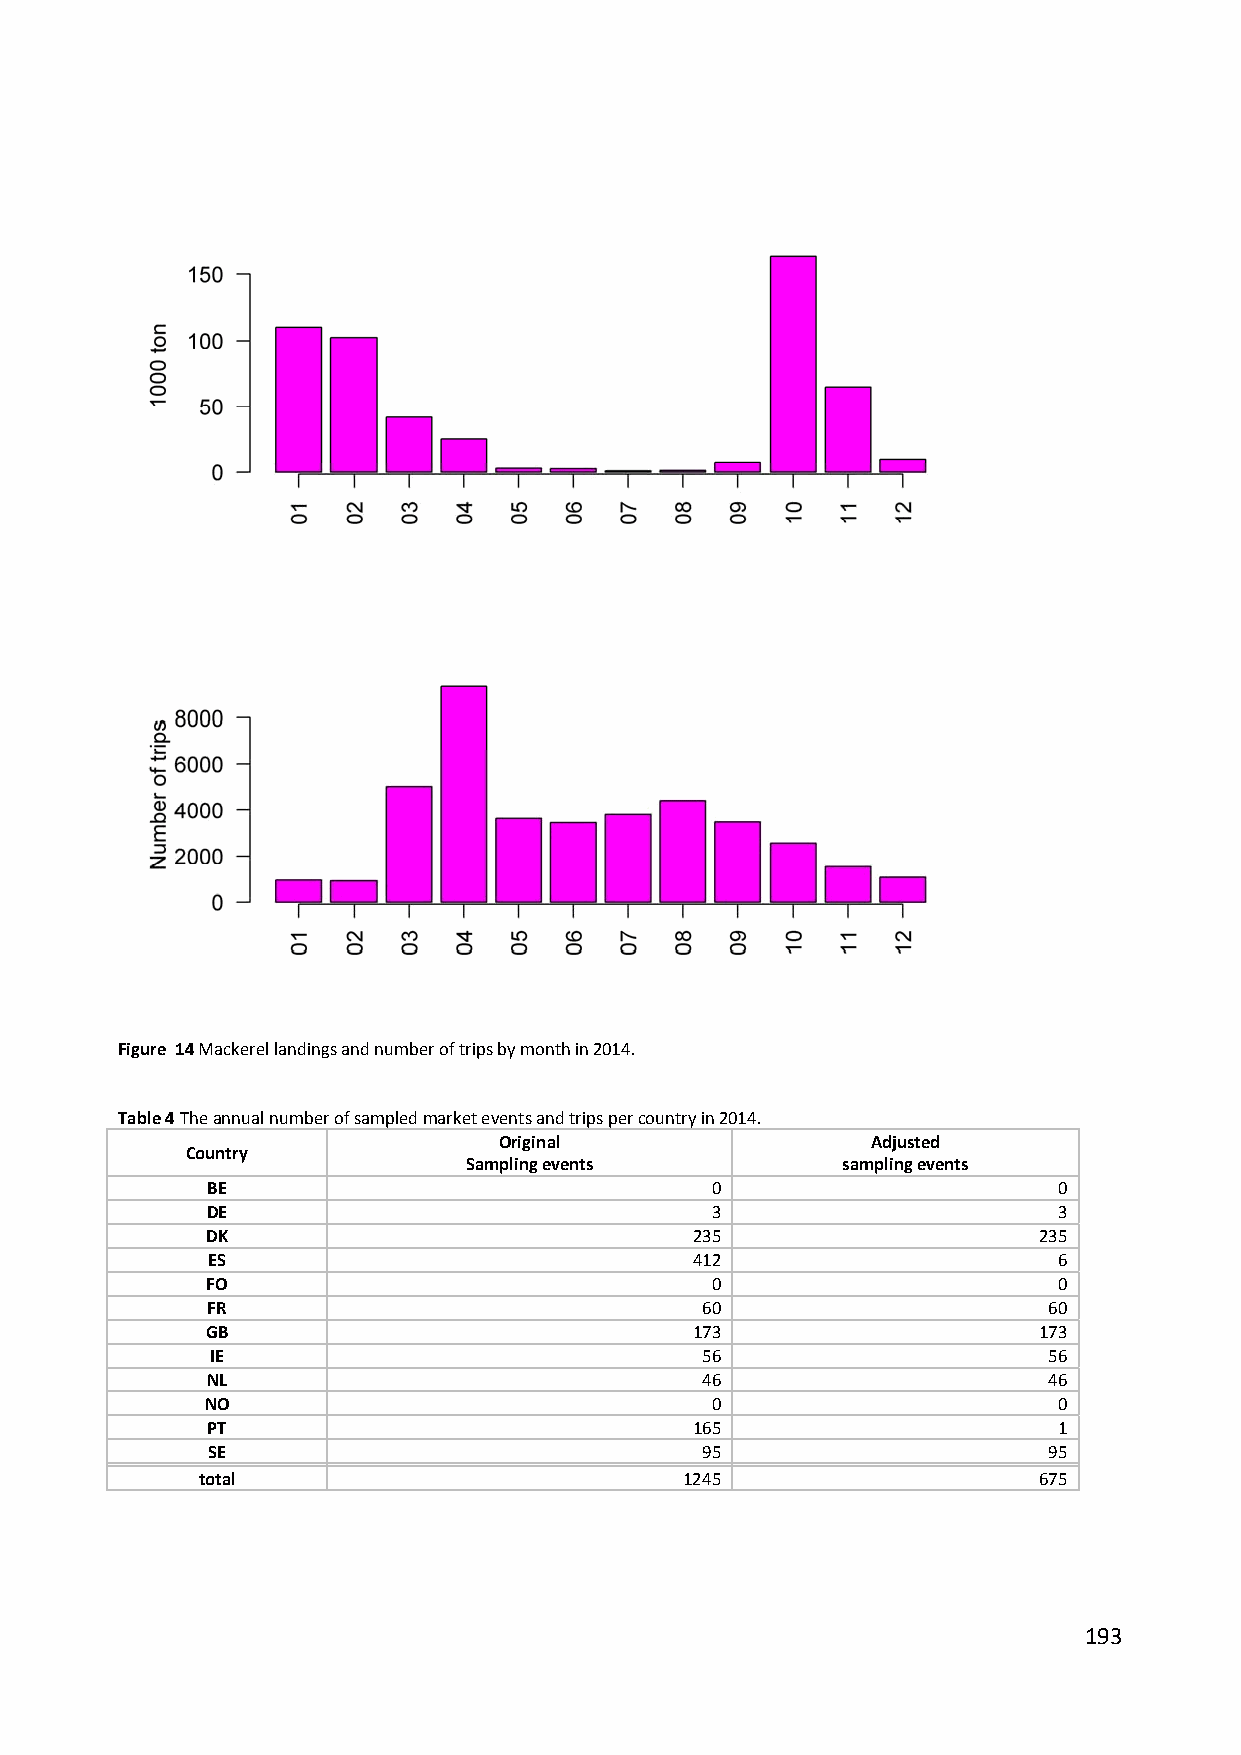
Figure 14 Mackerel landings and number of trips by month in 2014.
 Table 4 The annual number of sampled market events and trips per country in 2014.
 Original                 Adjusted
 Country
 Sampling events          sampling events
 BE                               0                      0
 DE                               3                      3
 DK                              235                    235
 ES                              412                     6
 FO                               0                      0
 FR                              60                     60
 GB                              173                    173
 IE                              56                     56
 NL                              46                     46
 NO                               0                      0
 PT                              165                     1
 SE                              95                     95
 total                           1245                    675
 193